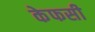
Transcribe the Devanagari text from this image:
केफसी